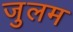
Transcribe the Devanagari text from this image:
जुलम